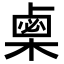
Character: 𣗴